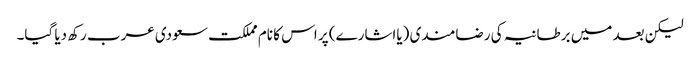
لیکن بعد میں برطانیہ کی رضامندی (یااشارے) پر اس کا نام مملکت سعودی عرب رکھ دیا گیا۔